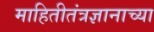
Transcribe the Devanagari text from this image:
माहितीतंत्रज्ञानाच्या